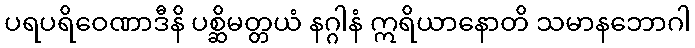
ပရပရိဝေဏာဒီနိ ပစ္ဆိမတ္တယံ နဂ္ဂါနံ ဣရိယာနောတိ သမာနဘောဂါ